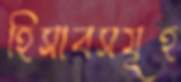
হিসাবসমূহ